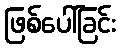
ဖြစ်ပေါ်ခြင်း